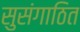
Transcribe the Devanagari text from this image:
सुसंगाठित